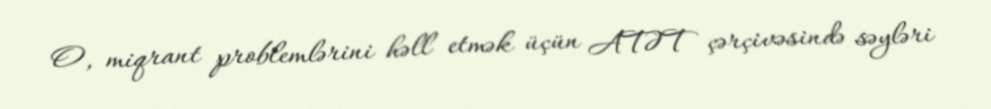
O, miqrant problemlərini həll etmək üçün ATƏT çərçivəsində səyləri